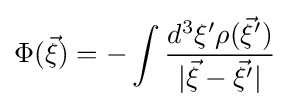
\Phi ({\vec {\xi }})=-\int {\frac {d^{3}\xi ^{\prime }\rho ({\vec {\xi }}^{\prime })}{|{\vec {\xi }}-{\vec {\xi }}^{\prime }|}}